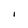
Character: I